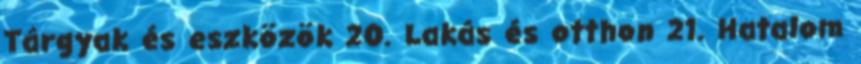
Tárgyak és eszközök 20. Lakás és otthon 21. Hatalom